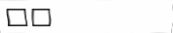
٤٧